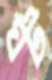
ঘট